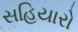
સહિયારો